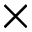
\times